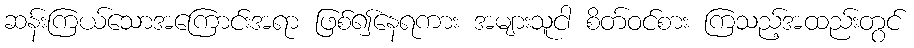
ဆန်းကြယ်သောအကြောင်းအရာ ဖြစ်၍နေရကား အများသူငါ စိတ်ဝင်စား ကြသည့်အထည်းတွင်